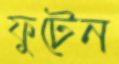
ফুটেন